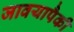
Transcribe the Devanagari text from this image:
जावयापैकी